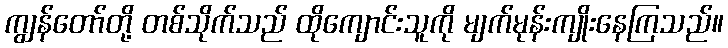
ကျွန်တော်တို့ တစ်သိုက်သည် ထိုကျောင်းသူကို မျက်မုန်းကျိုးနေကြသည်။